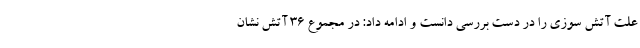
علت آتش سوزی را در دست بررسی دانست و ادامه داد: در مجموع ۳۶ آتش نشان